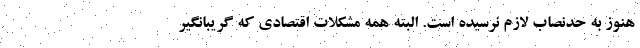
هنوز به حدنصاب لازم نرسیده است. البته همه مشکلات اقتصادی که گریبانگیر